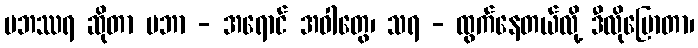
ပဘဿရ ဆိုတာ ပဘာ - အရောင် အဝါတွေ၊ သရ - ထွက်နေတယ်လို့ ဒီလိုပြောတာ၊